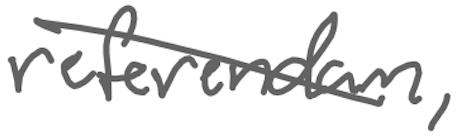
Text: referendum,
Cross-out: diagonal
Writing tool: digital_gray